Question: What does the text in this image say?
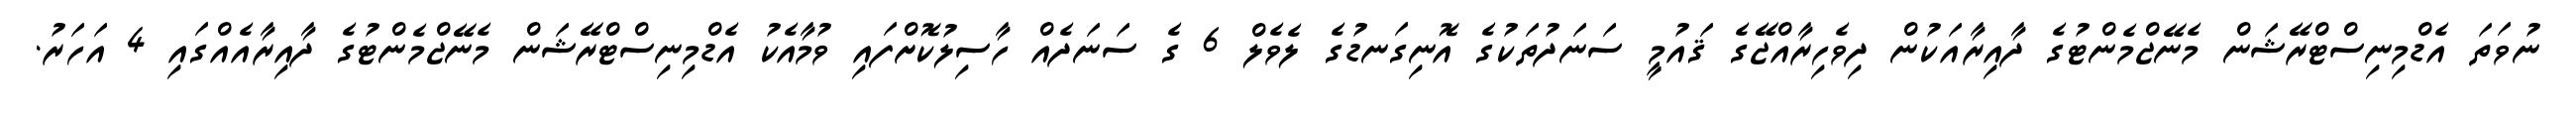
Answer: ނުވަތަ އެޑްމިނިސްޓްރޭޝަން މެނޭޖްމެންޓުގެ ދާއިރާއަކުން ދިވެހިރާއްޖޭގެ ޤައުމީ ސަނަދުތަކުގެ އޮނިގަނޑުގެ ލެވެލް 6 ގެ ސަނަދެއް ހާސިލުކޮށްފައި ވުމާއެކު އެޑްމިނިސްޓްރޭޝަން މެނޭޖްމެންޓުގެ ދާއިރާއެއްގައި 4 އަހަރު.